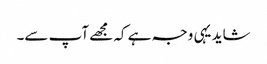
شاید یہی وجہ ہے کہ مجھے آپ سے۔